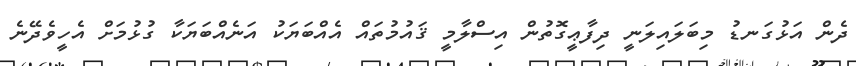
ދެން އަޅުގަނޑު މިބަލައިލަނީ ދިފާޢީގޮތުން އިސްލާމީ ޤައުމުތައް އެއްބަޔަކު އަނެއްބަޔަކާ ގުޅުމަށް އެހީވެދޭނެ